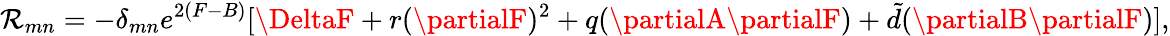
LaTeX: \mathcal{R}_{mn}=-\delta_{mn}e^{2(F-B)}[\DeltaF+r(\partialF)^{2}+q(\partialA\partialF)+{\tilde{{d}}}(\partialB\partialF)],